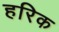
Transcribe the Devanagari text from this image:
हरिक